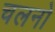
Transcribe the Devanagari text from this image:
चलनो